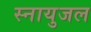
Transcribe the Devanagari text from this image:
स्नायुजल